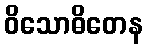
ဝိသောဓိတေန